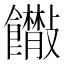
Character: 𩟴